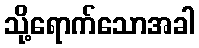
သို့ရောက်သောအခါ